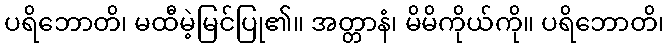
ပရိဘောတိ၊ မထီမဲ့မြင်ပြု၏။ အတ္တာနံ၊ မိမိကိုယ်ကို။ ပရိဘောတိ၊